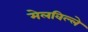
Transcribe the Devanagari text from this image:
मेलविल्ले